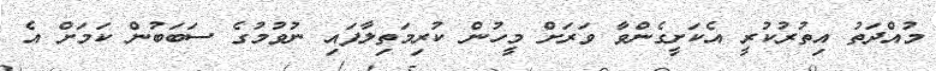
މުއްދަތު އިތުރުކުރީ އެކަށީގެންވާ ވަރަށް މީހުން ކުރިމަތިލާފައި ނުވުމުގެ ސަބަބުން ކަމަށް އެ